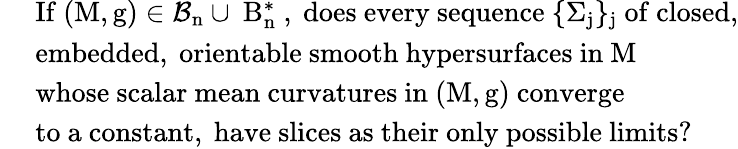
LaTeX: \begin{array}{rl}&{\mathrm{{\mathit~If~(M,g)\in\mathcal{B}_n\cup\mathcal~B_n^*~,~does~every~sequence~\{ \Sigma_j\} _j~of~closed,}}}\\ &{\mathrm{{\mathit~embedded,~orientable~smooth~hypersurfaces~in~M~}}}\\ &{\mathrm{{\mathit~whose~scalar~mean~curvatures~in~(M,g)~converge}}}\\ &{\mathrm{{\mathit~to~a~constant,~have~slices~as~their~only~possible~limits?}}}\end{array}